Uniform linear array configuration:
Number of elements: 48
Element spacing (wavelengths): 0.75
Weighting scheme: binomial
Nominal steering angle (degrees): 0
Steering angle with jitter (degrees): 1.651
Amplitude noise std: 0.05
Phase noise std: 0.05

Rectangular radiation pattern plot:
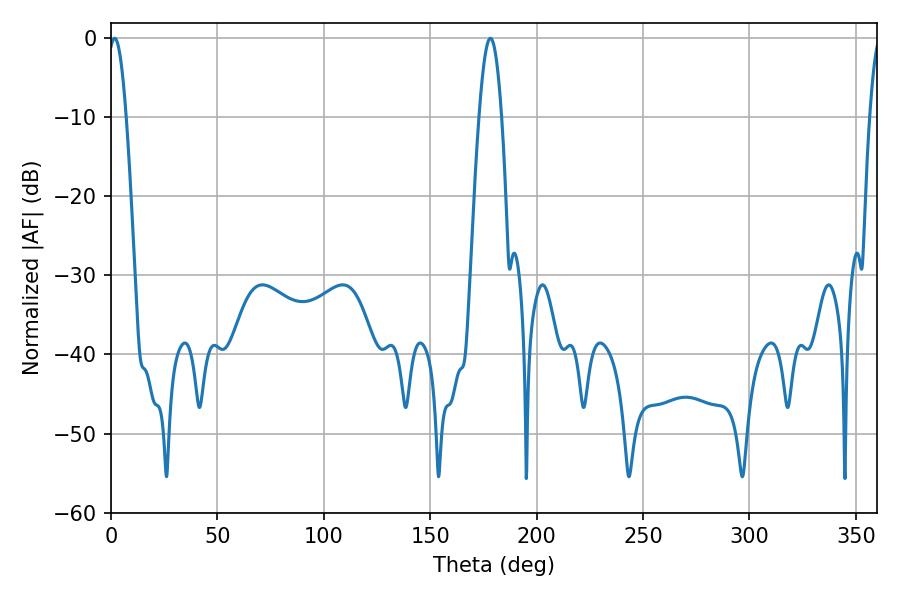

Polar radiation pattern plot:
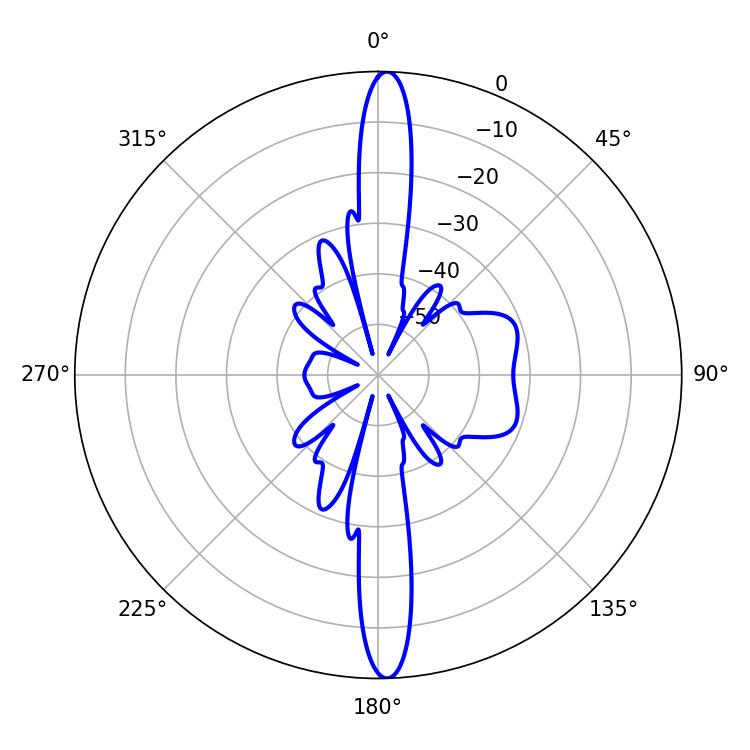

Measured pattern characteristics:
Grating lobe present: TRUE
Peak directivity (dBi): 24.428
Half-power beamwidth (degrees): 4.68
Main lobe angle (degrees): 1.8